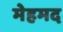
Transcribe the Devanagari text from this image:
मेहमद